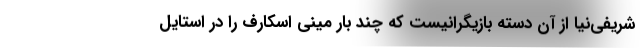
شریفی‌نیا از آن دسته بازیگرانیست که چند بار مینی اسکارف را در استایل